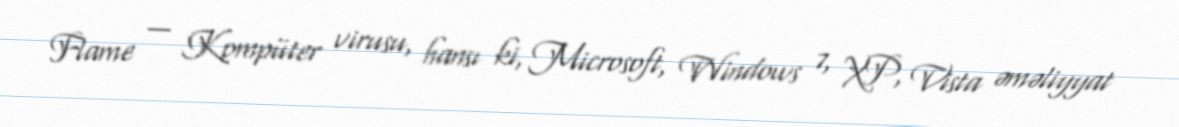
Flame — Kompüter virusu, hansı ki, Microsoft, Windows 7, XP, Vista əməliyyat